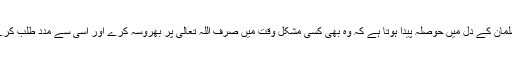
سیرت کے مطالعہ سے کم ازکم ایک عام مسلمان کے دل میں حوصلہ پیدا ہوتا ہے کہ وہ بھی کسی مشکل وقت میں صرف اللہ تعالیٰ پر بھروسہ کرے اور اسی سے مدد طلب کرے تو اس کے لیے کشادگی پیدا ہو سکتی ہے۔